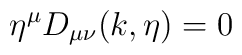
\eta^\mu D_{\mu\nu}(k,\eta)=0\